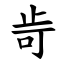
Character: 㱒